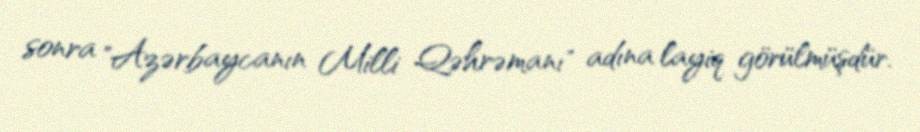
sonra "Azərbaycanın Milli Qəhrəmanı" adına layiq görülmüşdür.